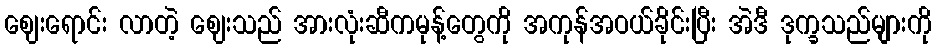
ဈေးရောင်း လာတဲ့ ဈေးသည် အားလုံးဆီကမုန့်တွေကို အကုန်အဝယ်ခိုင်းပြီး အဲဒီ ဒုက္ခသည်များကို